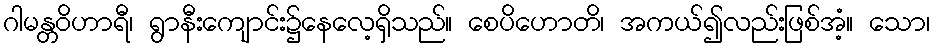
ဂါမန္တဝိဟာရီ၊ ရွာနီးကျောင်း၌နေလေ့ရှိသည်။ စေပိဟောတိ၊ အကယ်၍လည်းဖြစ်အံ့။ သော၊